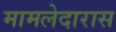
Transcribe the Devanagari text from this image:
मामलेदारास